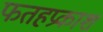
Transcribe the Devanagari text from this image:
फतहप्रकाश